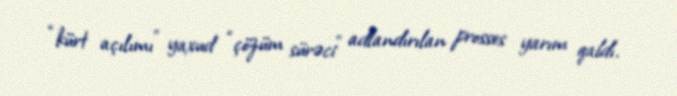
“kürt açılımı” yaxud “çözüm sürəci” adlandırılan prosses yarım qaldı.